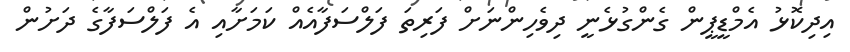
އިދިކޮޅު އެމްޑީޕީން ގެންގުޅެނީ ދިވެހިންނަށް ފަރިތަ ފަލްސަފާއެއް ކަމަށާއި އެ ފަލްސަފާގެ ދަށުން